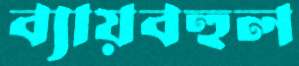
ব্যায়বহুল